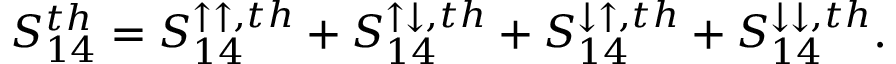
{ S _ { 1 4 } ^ { t h } = S _ { 1 4 } ^ { \uparrow \uparrow , t h } + S _ { 1 4 } ^ { \uparrow \downarrow , t h } + S _ { 1 4 } ^ { \downarrow \uparrow , t h } + S _ { 1 4 } ^ { \downarrow \downarrow , t h } . }